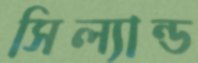
সিল্যান্ড